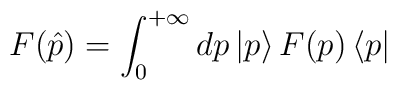
F(\hat p)=\int_0^{+\infty}dp\,|p\rangle \,F(p)\,\langle p|